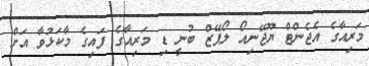
މަރިއާގެ އެޖެންޓް ޔޫޖޭނިއޯ ލޯޕޭޒް ބުނީ ޑި މަރިއާގެ ފައިގެ މާކަޅުވާ އަށް